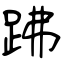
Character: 𧿳